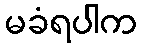
မခံရပါက